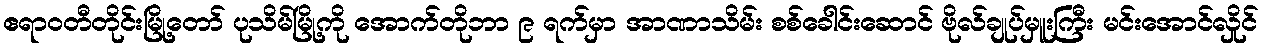
ဧရာဝတီတိုင်းမြို့တော် ပုသိမ်မြို့ကို အောက်တိုဘာ ၉ ရက်မှာ အာဏာသိမ်း စစ်ခေါင်းဆောင် ဗိုလ်ချုပ်မှူးကြီး မင်းအောင်လှိုင်